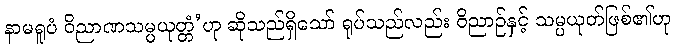
နာမရူပံ ဝိညာဏသမ္ပယုတ္တံ’ဟု ဆိုသည်ရှိသော် ရုပ်သည်လည်း ဝိညာဉ်နှင့် သမ္ပယုတ်ဖြစ်၏ဟု